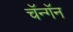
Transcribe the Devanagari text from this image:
चॅन्गॅन